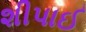
શીપાઈ